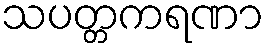
သပတ္တကရဏာ